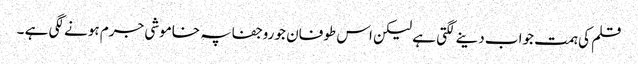
قلم کی ہمت جواب دینے لگتی ہے لیکن اس طوفان جو روجفاپہ خاموشی جرم ہونے لگی ہے ۔